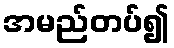
အမည်တပ်၍